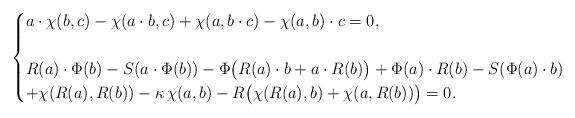
LaTeX: \begin{align*}\begin{cases}a \cdot \chi (b, c) - \chi (a \cdot b, c) + \chi (a, b \cdot c) - \chi (a, b) \cdot c = 0, \\\\R(a) \cdot \Phi (b) - S (a \cdot \Phi (b)) - \Phi \big( R(a) \cdot b + a \cdot R(b) \big) + \Phi (a) \cdot R (b) - S (\Phi (a) \cdot b) \\ + \chi (R(a) , R(b)) - \kappa ~ \! \chi (a, b) - R \big( \chi(R(a), b) + \chi (a, R(b)) \big) = 0.\end{cases}\end{align*}